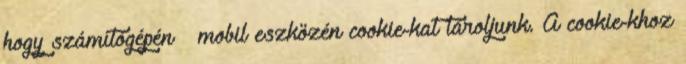
hogy számítógépén mobil eszközén cookie-kat tároljunk. A cookie-khoz